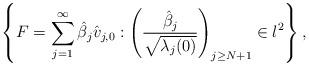
LaTeX: \begin{align*}\left\{F=\sum_{j=1}^{\infty}\hat\beta_j\hat v_{j,0}:\left(\frac{\hat\beta_j}{\sqrt{\lambda_j(0)}}\right)_{j\geq N+1}\in l^2\right\},\end{align*}